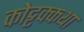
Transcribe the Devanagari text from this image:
कोट्टक्कथा